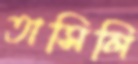
তাসিলি